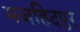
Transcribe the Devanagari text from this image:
मजहिदपुर